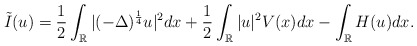
\begin{align*}\tilde{I}(u)=\frac{1}{2}\int_{\mathbb {R}}|(-\Delta)^{\frac{1}{4}}u|^2dx+\frac{1}{2}\int_{\mathbb R}|u|^2 V(x) dx-\int_{\mathbb {R}}H(u)dx.\end{align*}